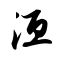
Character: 洹